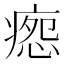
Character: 𰣸